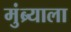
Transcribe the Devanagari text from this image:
मुंब्र्याला